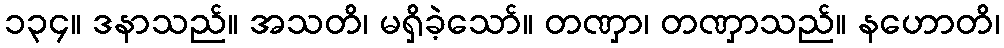
၁၃၄။ ဒနာသည်။ အသတိ၊ မရှိခဲ့သော်။ တဏှာ၊ တဏှာသည်။ နဟောတိ၊